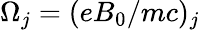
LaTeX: \Omega_{j}=(eB_{0}/mc)_{j}